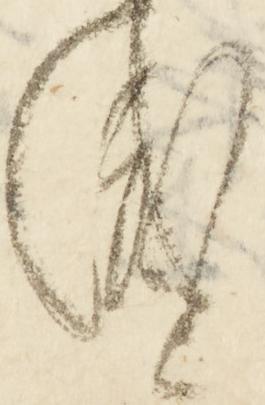
也